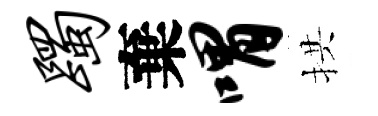
躅棄喟拱